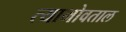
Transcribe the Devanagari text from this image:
त्याभोवताल